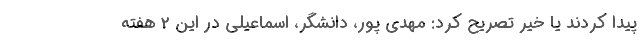
پیدا کردند یا خیر تصریح کرد: مهدی پور، دانشگر، اسماعیلی در این 2 هفته